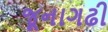
જૂનાગઢી